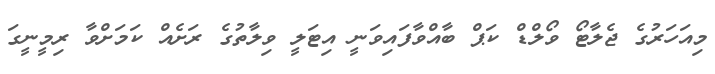
މިއަހަރުގެ ޖެލާޓޯ ވޯލްޑް ކަޕް ބާއްވާފައިވަނީ އިޓަލީ ވިލާތުގެ ރަށެއް ކަމަށްވާ ރިމީނީގަ